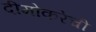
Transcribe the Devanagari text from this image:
दीमोकरेची